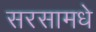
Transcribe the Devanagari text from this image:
सरसामधे